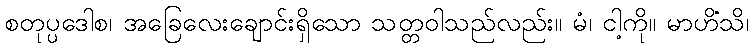
စတုပ္ပဒေါစ၊ အခြေလေးချောင်းရှိသော သတ္တဝါသည်လည်း။ မံ၊ ငါ့ကို။ မာဟိံသိ၊